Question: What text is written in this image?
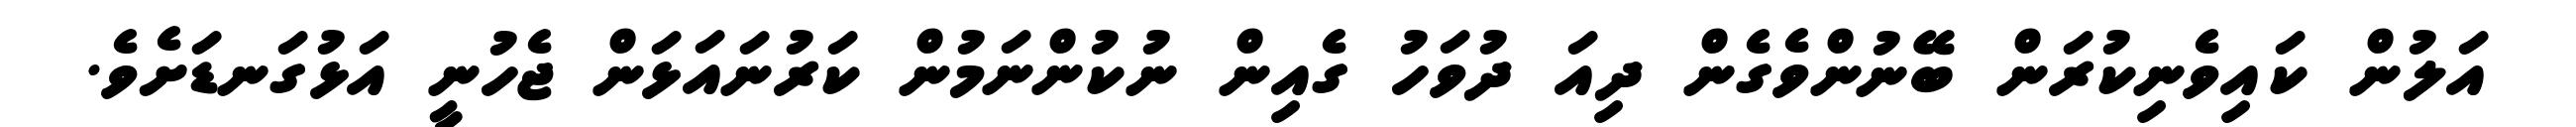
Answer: އަލުން ކައިވެނިކުރަން ބޭނުންވެގެން ދިއަ ދުވަހު ގެއިން ނުކުންނަމުން ކަރުނައަޅަން ޖެހުނީ އަޅުގަނޑަށެވެ.